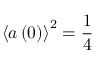
\left\langle a \left( 0 \right) \right\rangle ^ { 2 } = \frac { 1 } { 4 }